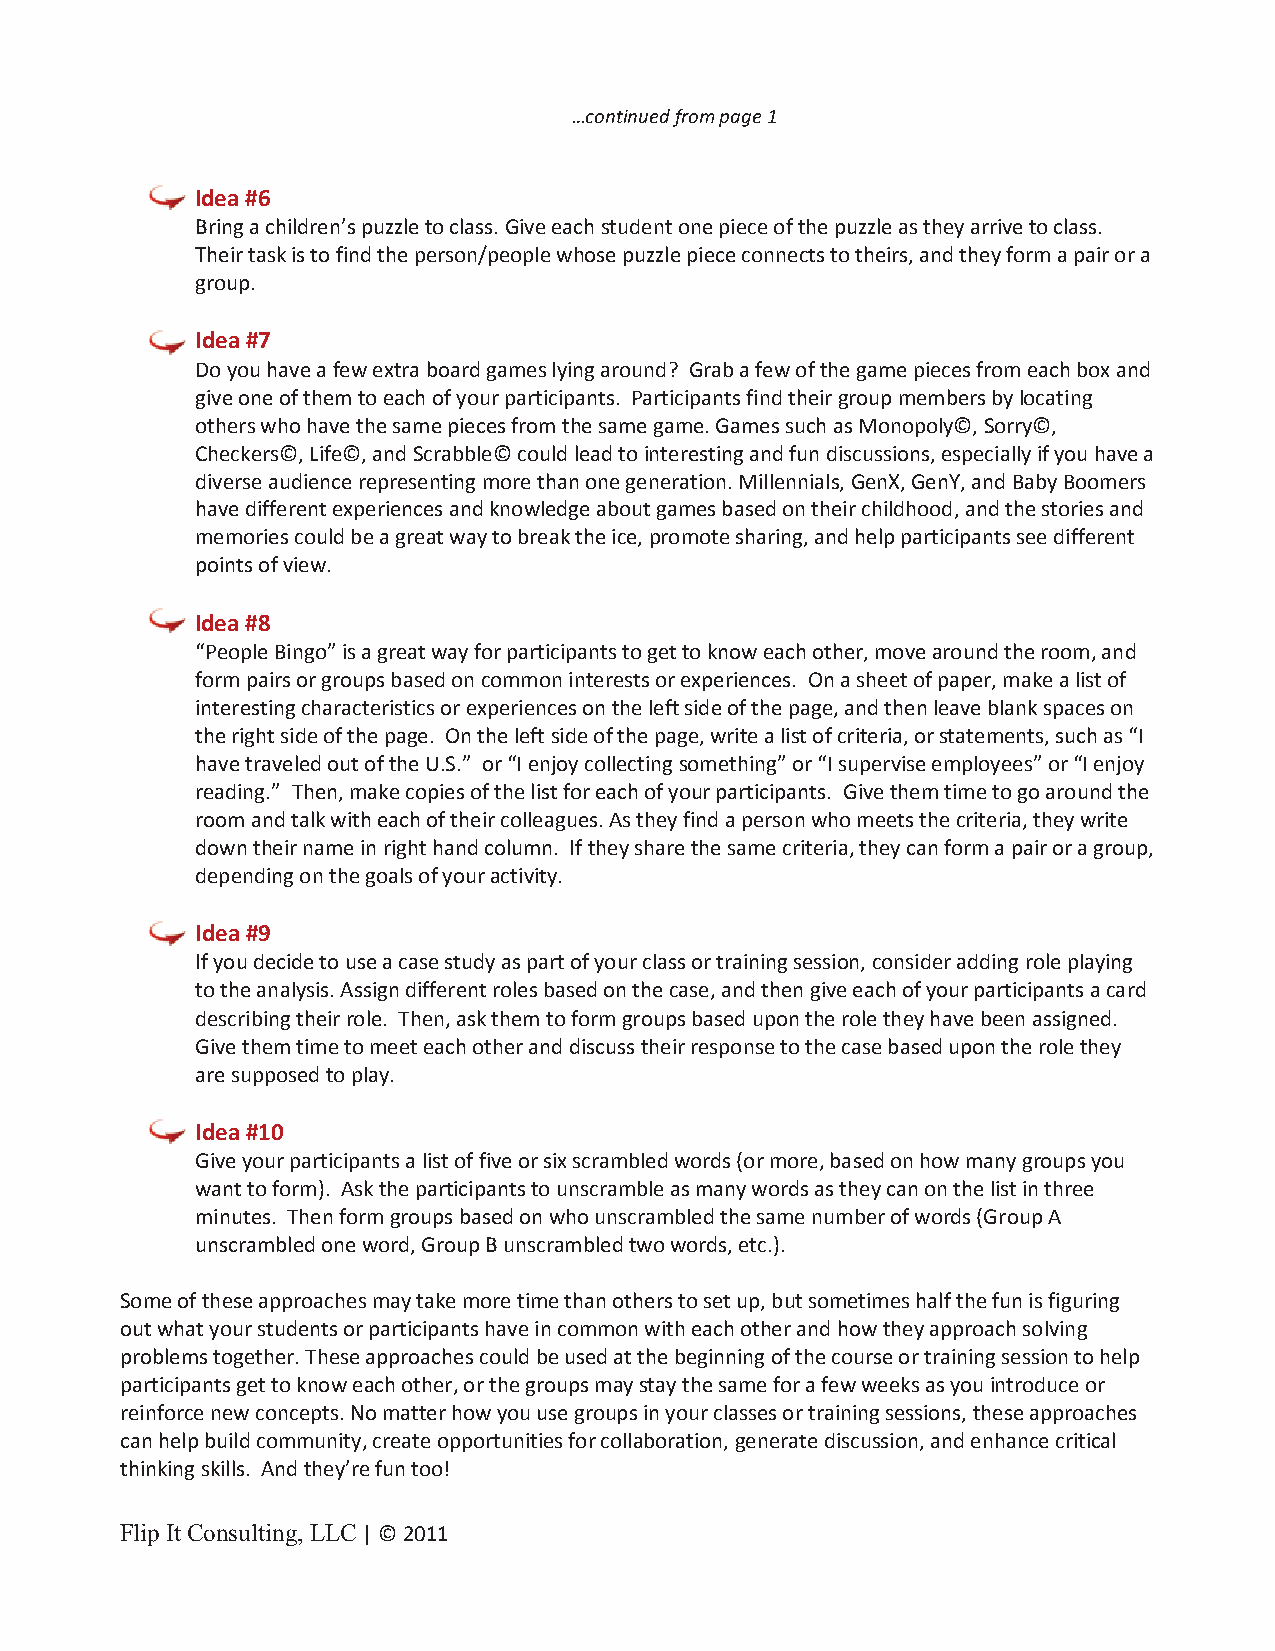
…continued from page 1
 Idea #6
 Bring a children’s puzzle to class. Give each student one piece of the puzzle as they arrive to class.
 Their task is to find the person/people whose puzzle piece connects to theirs, and they form a pair or a
 group.
 Idea #7
 Do you have a few extra board games lying around? Grab a few of the game pieces from each box and
 give one of them to each of your participants. Participants find their group members by locating
 others who have the same pieces from the same game. Games such as Monopoly©, Sorry©,
 Checkers©, Life©, and Scrabble© could lead to interesting and fun discussions, especially if you have a
 diverse audience representing more than one generation. Millennials, GenX, GenY, and Baby Boomers
 have different experiences and knowledge about games based on their childhood, and the stories and
 memories could be a great way to break the ice, promote sharing, and help participants see different
 points of view.
 Idea #8
 “People Bingo” is a great way for participants to get to know each other, move around the room, and
 form pairs or groups based on common interests or experiences. On a sheet of paper, make a list of
 interesting characteristics or experiences on the left side of the page, and then leave blank spaces on
 the right side of the page. On the left side of the page, write a list of criteria, or statements, such as “I
 have traveled out of the U.S.” or “I enjoy collecting something” or “I supervise employees” or “I enjoy
 reading.” Then, make copies of the list for each of your participants. Give them time to go around the
 room and talk with each of their colleagues. As they find a person who meets the criteria, they write
 down their name in right hand column. If they share the same criteria, they can form a pair or a group,
 depending on the goals of your activity.
 Idea #9
 If you decide to use a case study as part of your class or training session, consider adding role playing
 to the analysis. Assign different roles based on the case, and then give each of your participants a card
 describing their role. Then, ask them to form groups based upon the role they have been assigned.
 Give them time to meet each other and discuss their response to the case based upon the role they
 are supposed to play.
 Idea #10
 Give your participants a list of five or six scrambled words (or more, based on how many groups you
 want to form). Ask the participants to unscramble as many words as they can on the list in three
 minutes. Then form groups based on who unscrambled the same number of words (Group A
 unscrambled one word, Group B unscrambled two words, etc.).
 Some of these approaches may take more time than others to set up, but sometimes half the fun is figuring
 out what your students or participants have in common with each other and how they approach solving
 problems together. These approaches could be used at the beginning of the course or training session to help
 participants get to know each other, or the groups may stay the same for a few weeks as you introduce or
 reinforce new concepts. No matter how you use groups in your classes or training sessions, these approaches
 can help build community, create opportunities for collaboration, generate discussion, and enhance critical
 thinking skills. And they’re fun too!
 Flip It Consulting, LLC | © 2011